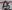
Text: D7